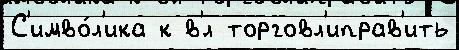
С'имво́л'ика к в'́л торговл'иправ'ить